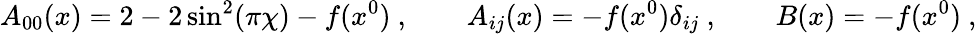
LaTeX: A_{00}(x)=2-2\sin^{2}(\pi\chi)-f(x^{0})\ ,\qquad A_{ij}(x)=-f(x^{0})\delta_{ij}\ ,\qquad B(x)=-f(x^{0})\ ,